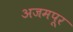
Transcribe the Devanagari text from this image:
अजमपूर